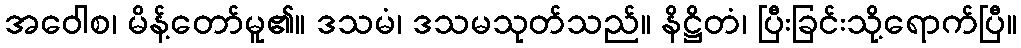
အဝေါစ၊ မိန့်တော်မူ၏။ ဒသမံ၊ ဒသမသုတ်သည်။ နိဋ္ဌိတံ၊ ပြီးခြင်းသို့ရောက်ပြီ။